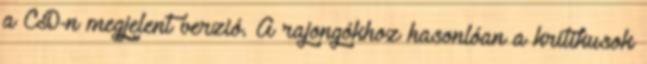
a CD-n megjelent verzió. A rajongókhoz hasonlóan a kritikusok